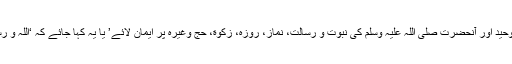
’ یا یہ کہا جائے کہ ‘حق تعالی کی الوہیت و توحید اور آنحضرت صلی اللہ علیہ وسلم کی نبوت و رسالت، نماز، روزہ، زکوٰة، حج وغیرہ پر ایمان لائے’ یا یہ کہا جائے کہ ‘اللہ و رسول کی تمام ہدایات و تعلیمات پر ایمان لائے۔